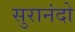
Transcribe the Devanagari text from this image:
सुरानंदो